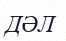
ДӘЛ